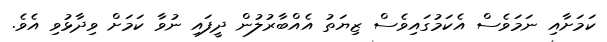
ކަމަށާއި ނަމަވެސް އެކަމުގައިވެސް ޒިޔަތު އެއްބާރުލުން ދީފައި ނުވާ ކަމަށް ވިދާޅުވި އެވެ.